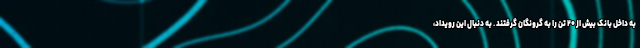
به داخل بانک بیش از ۲۰ تن را به گرونگان گرفتند . به دنبال این رویداد،